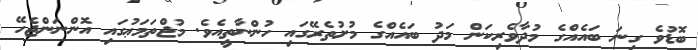
ބޮޑުވެ ގިނަ ބައެއްގެ މުދާވެރިކަން މަދު ބައެއްގެ މުށުތެރޭގައި ހުންނާތީއެވެ. މުޖްތަމަޢުގައި އޮންނަންޖެހޭ